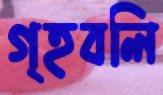
গৃহবলি